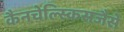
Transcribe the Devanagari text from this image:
कैनचेल्स्किसजैसे